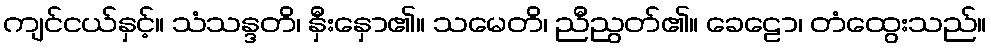
ကျင်ငယ်နှင့်။ သံသန္ဒတိ၊ နှီးနှော၏။ သမေတိ၊ ညီညွတ်၏။ ခေဠော၊ တံထွေးသည်။